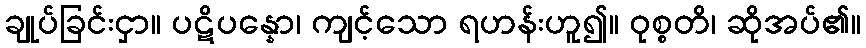
ချုပ်ခြင်းငှာ။ ပဋိပန္နော၊ ကျင့်သော ရဟန်းဟူ၍။ ဝုစ္စတိ၊ ဆိုအပ်၏။